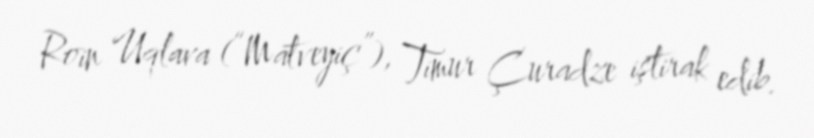
Roin Uqlava (“Matveyiç”), Timur Çuradze iştirak edib.